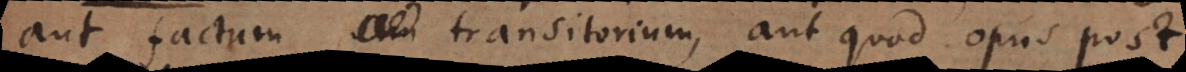
aut factum transitorium, aut quod opus post